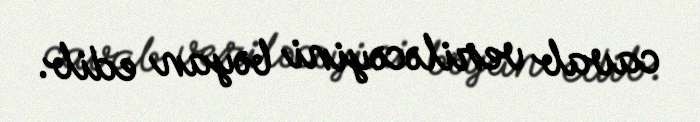
cavab veriləcəyini bəyan edib.